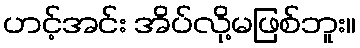
ဟင့်အင်း အိပ်လို့မဖြစ်ဘူး။